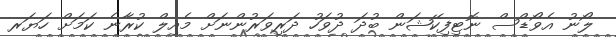
ލޯނު އެވޯޑްސް ނޮޓިފިކޭޝަން ބުދަ ދުވަހު ދަރިވަރުންނަށް މެއިލް ކުރާނެ ކަމަށް ހަޔަރ